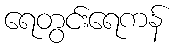
ရေတွင်းရေကန်